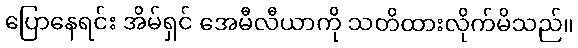
ပြောနေရင်း အိမ်ရှင် အေမီလီယာကို သတိထားလိုက်မိသည်။